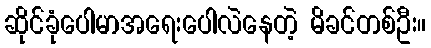
ဆိုင်ခုံပေါမာအရေးပေါလဲနေတဲ့ မိခင်တစ်ဦး။